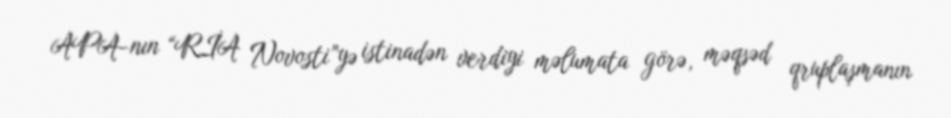
APA-nın “RİA Novosti”yə istinadən verdiyi məlumata görə, məqsəd qruplaşmanın